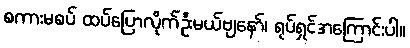
စကားမစပ် ထပ်ပြောလိုက်ဦးမယ်ဗျနော်၊ ရုပ်ရှင်အကြောင်းပါ။